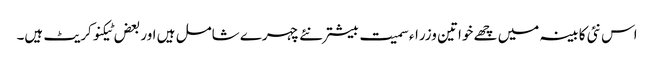
اس نئی کابینہ میں چھے خواتین وزراء سمیت بیشتر نئے چہرے شامل ہیں اور بعض ٹیکنوکریٹ ہیں۔